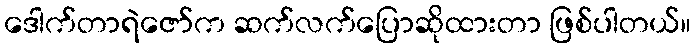
ဒေါက်တာရဲဇော်က ဆက်လက်ပြောဆိုထားတာ ဖြစ်ပါတယ်။